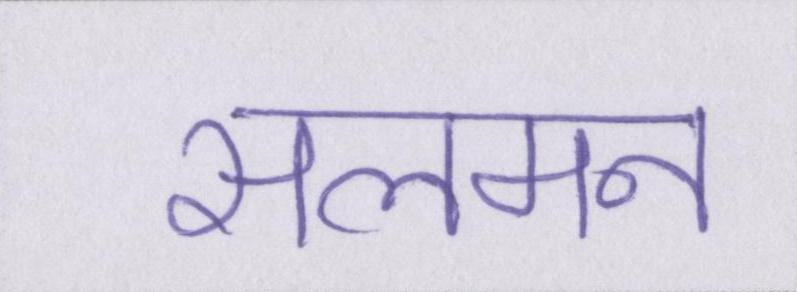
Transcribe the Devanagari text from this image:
सलमन